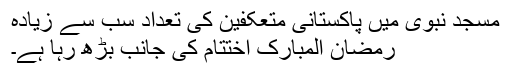
مسجد نبوی میں پاکستانی متعکفین کی تعداد سب سے زیادہ
رمضان المبارک اختتام کی جانب بڑھ رہا ہے۔